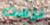
درست